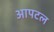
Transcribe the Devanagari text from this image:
आपटल